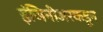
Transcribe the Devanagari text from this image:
इंजिनीअरकडून